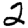
Digit: 2